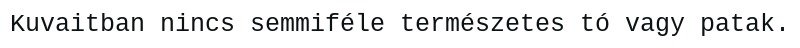
Kuvaitban nincs semmiféle természetes tó vagy patak.